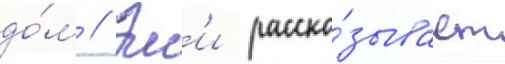
до́м // Эм'и расска́зывает